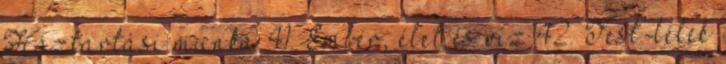
Háztartási munka 41. Ember, élet és víz 42. Test-lélek